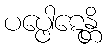
ပပ္ဖေါဋေန္တိ